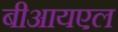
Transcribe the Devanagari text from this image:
बीआयएल